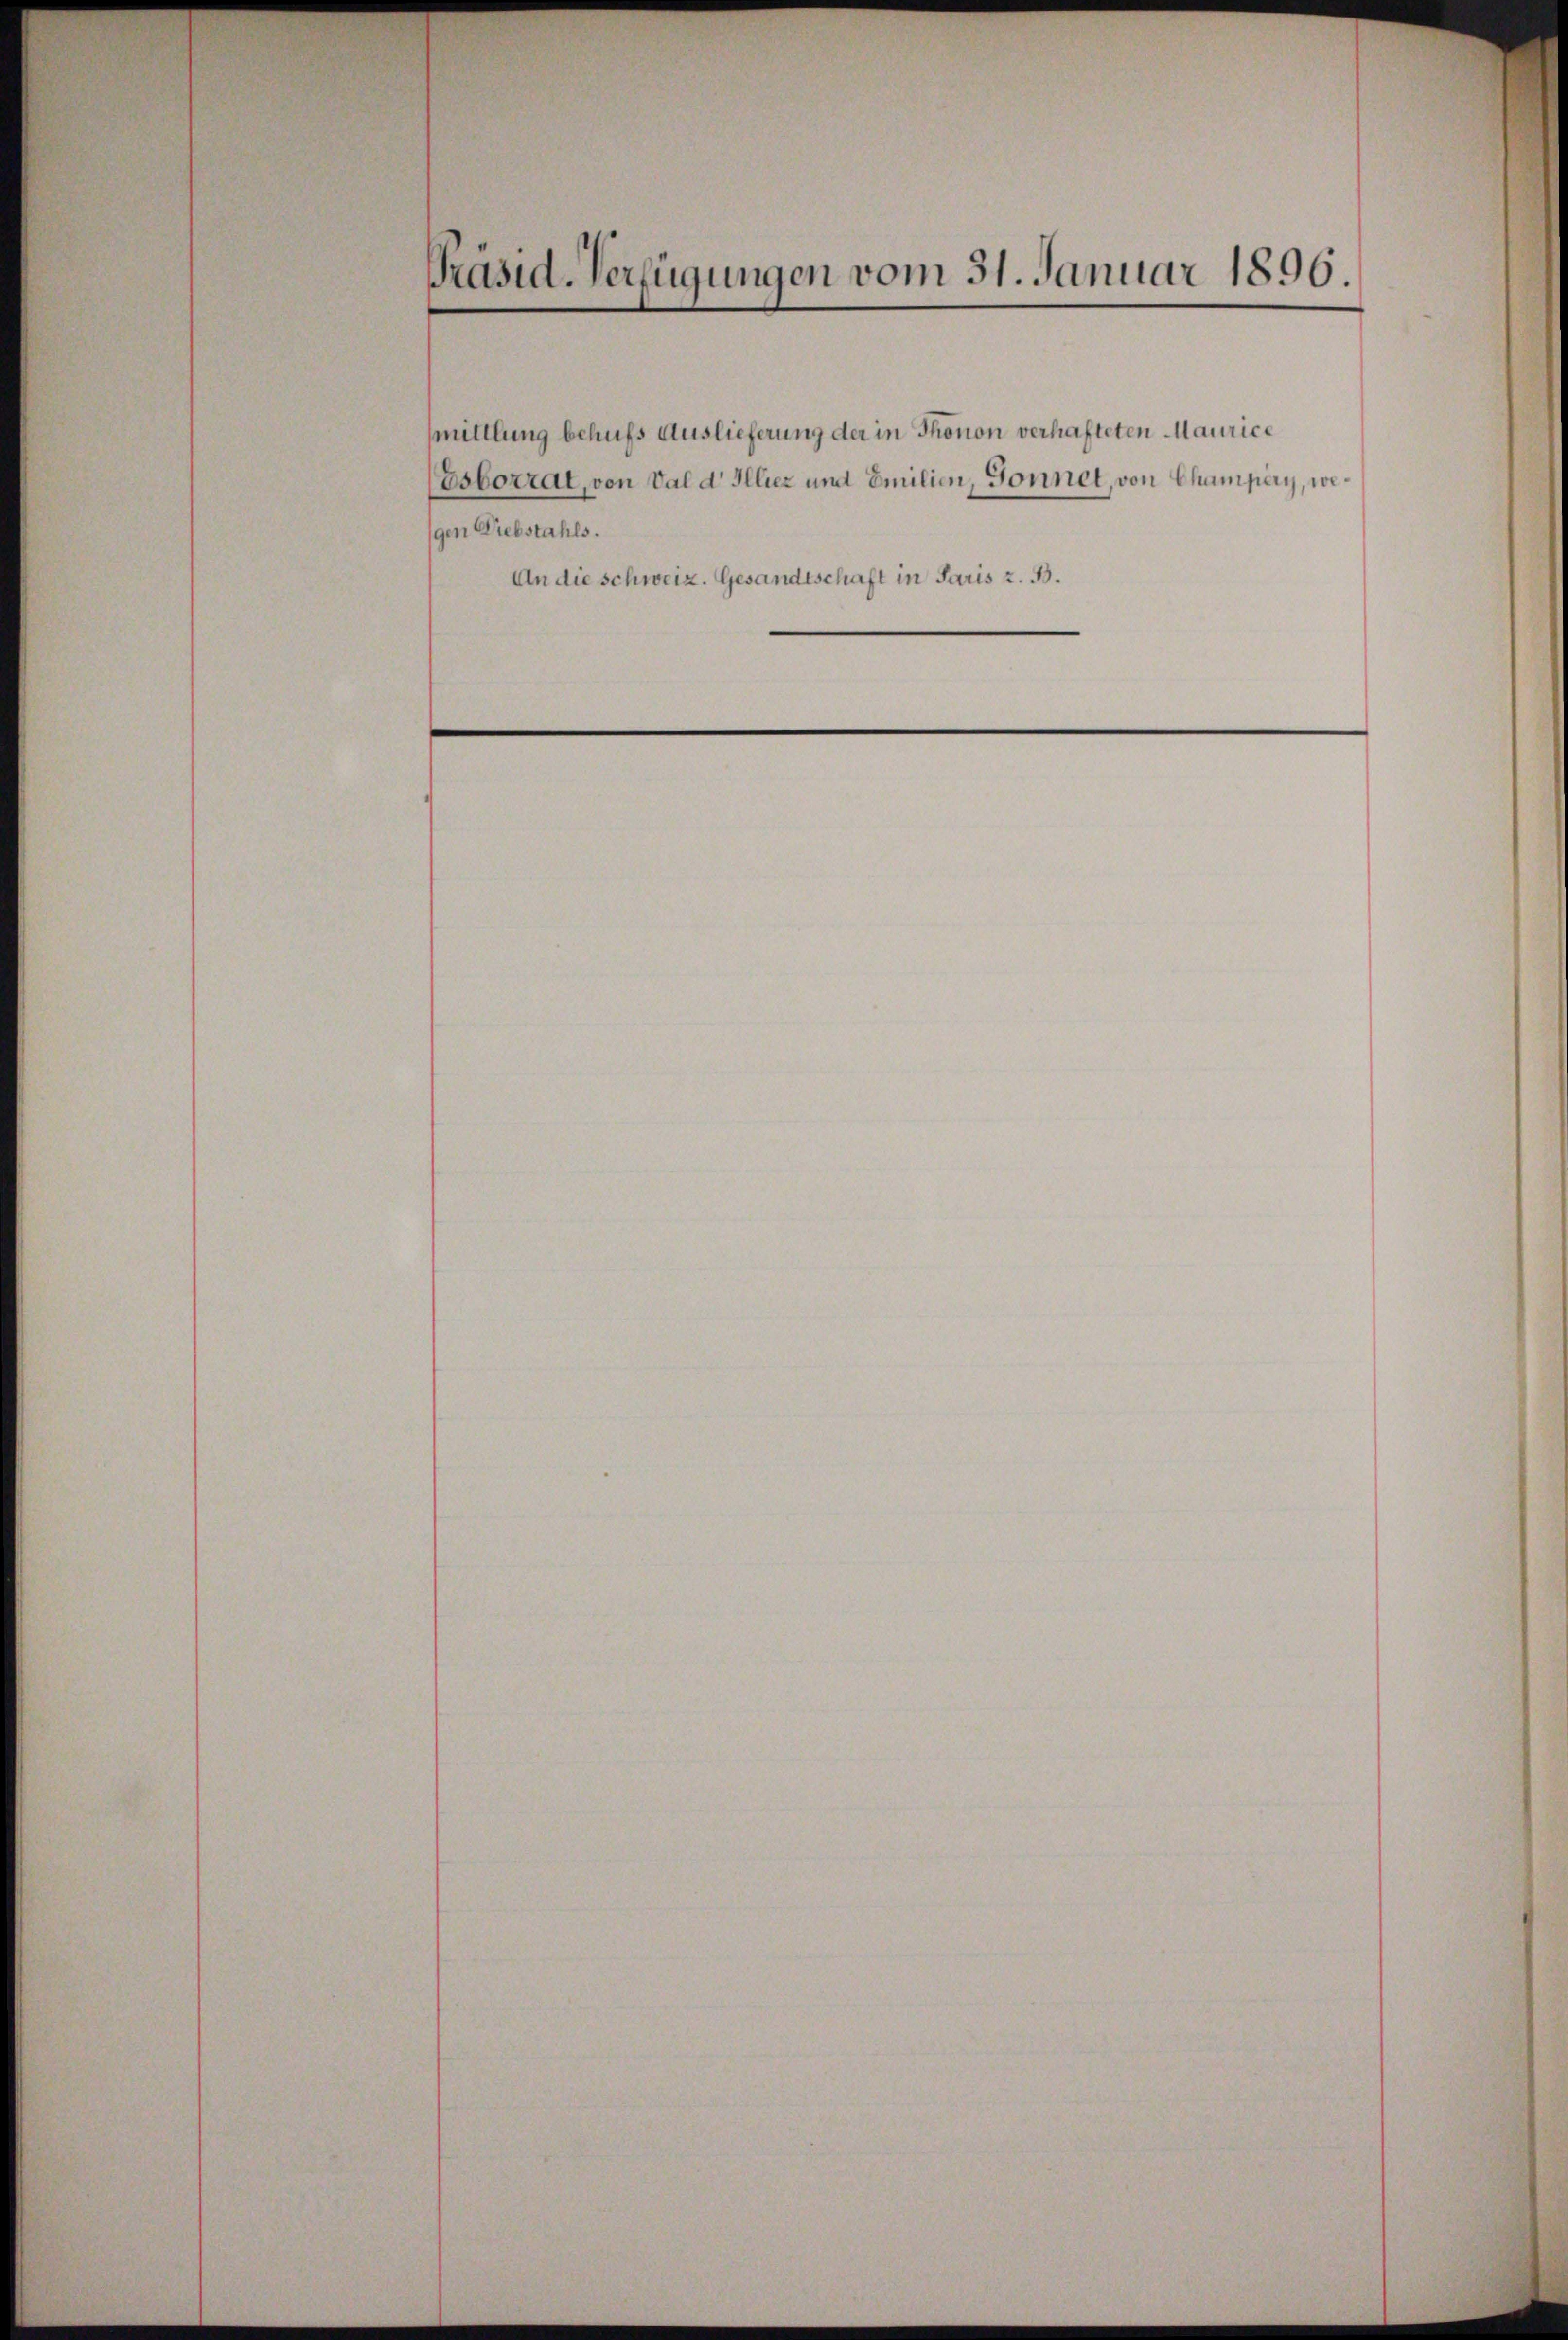
Präsid-Verfügungen vom 31. Januar 1896.

mittlung behufs Auslieferung der in Thonon verhafteten Maurice
Esborrat, von Val d Illiez und Emilien, Gonnet, von Champery, wegen Diebstahls.
An die schweiz. Gesandtschaft in Paris z. B.